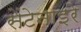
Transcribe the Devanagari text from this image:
सेंटेनाइरे